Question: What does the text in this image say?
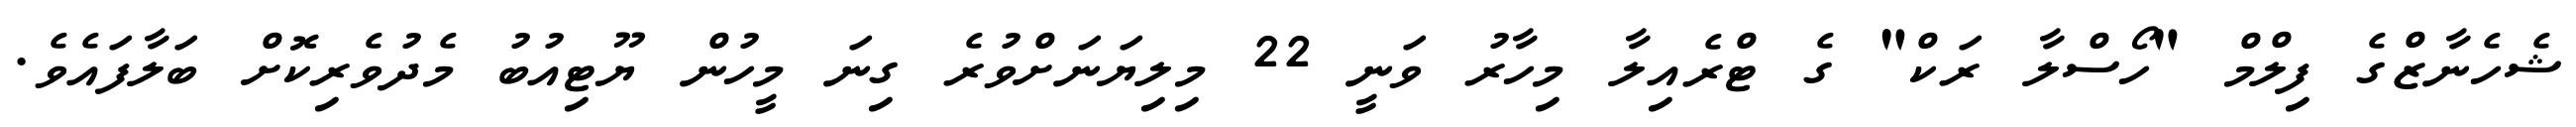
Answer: ޝެހެނާޒްގެ ފިލްމް "ހޯސްލާ ރަކް" ގެ ޓްރެއިލާ މިހާރު ވަނީ 22 މިލިޔަނަށްވުރެ ގިނަ މީހުން ޔޫޓިއުބު މެދުވެރިކޮށް ބަލާފައެވެ.